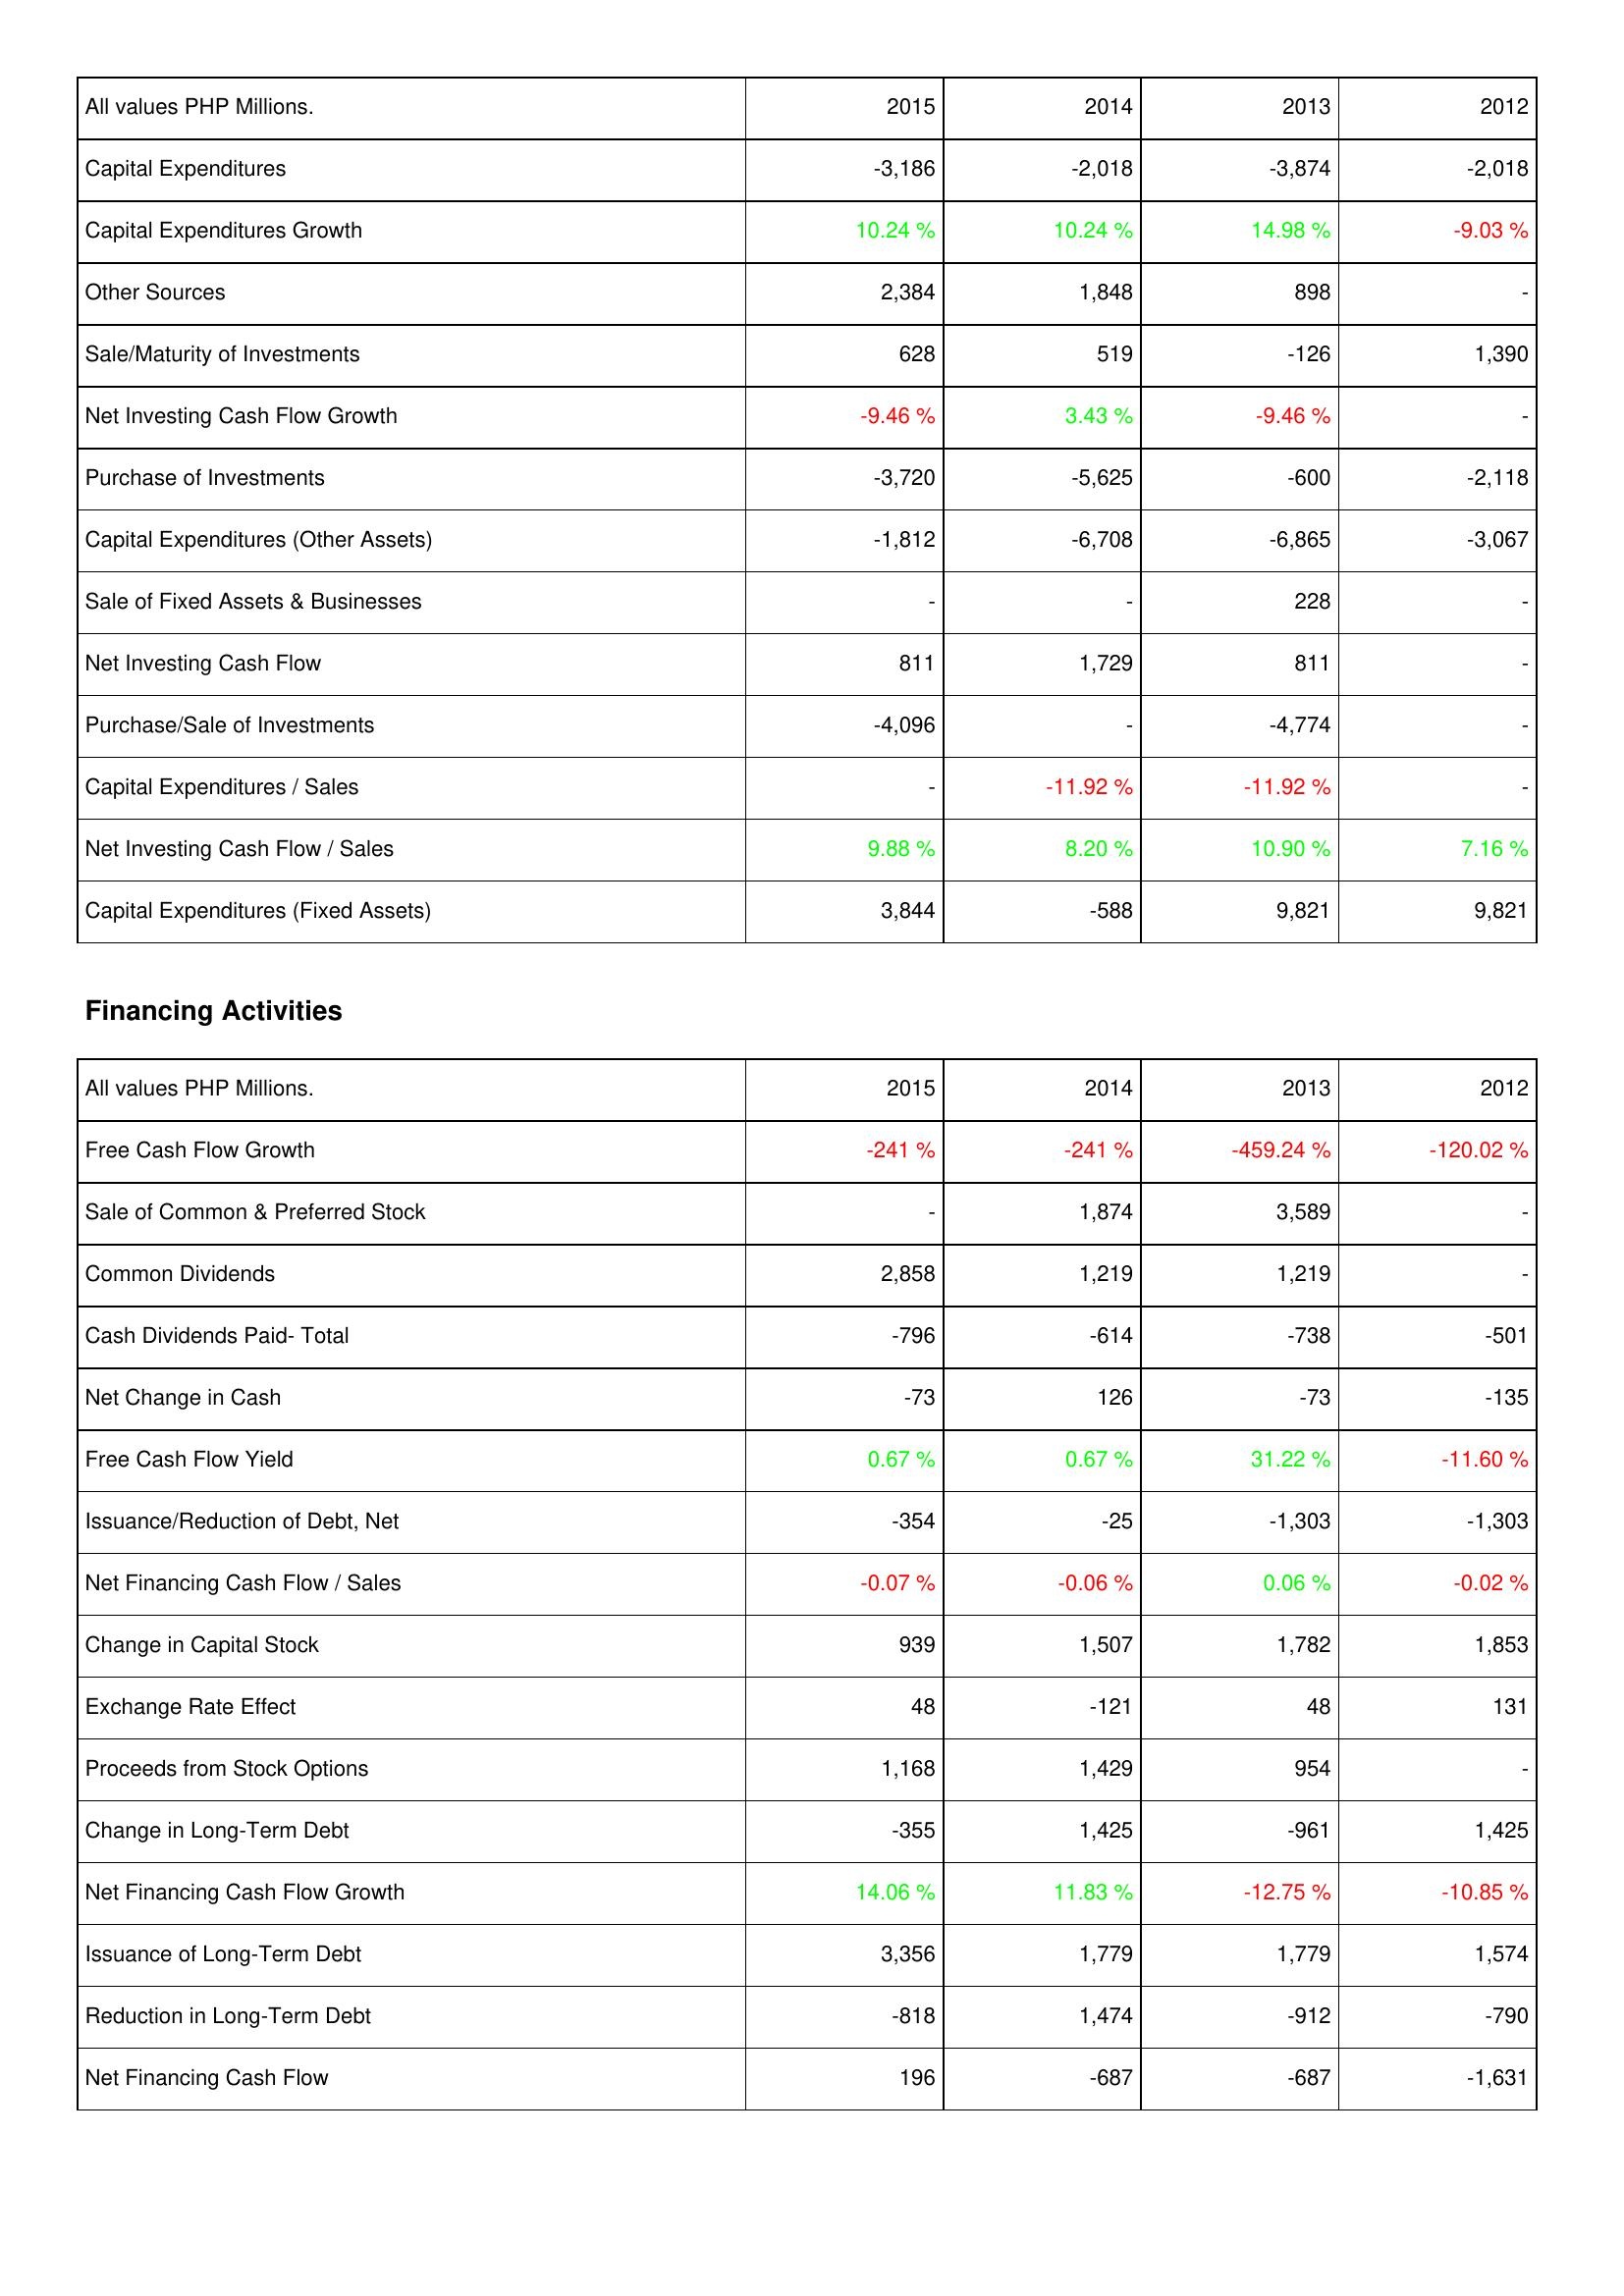
2015: Investing Activities: Capital Expenditures: -3,186
Capital Expenditures Growth: 10.24 %
Other Sources: 2,384
Sale/Maturity of Investments: 628
Net Investing Cash Flow Growth: -9.46 %
Purchase of Investments: -3,720
Capital Expenditures (Other Assets): -1,812
Sale of Fixed Assets & Businesses: -
Net Investing Cash Flow: 811
Purchase/Sale of Investments: -4,096
Capital Expenditures / Sales: -
Net Investing Cash Flow / Sales: 9.88 %
Capital Expenditures (Fixed Assets): 3,844
Financing Activities: Free Cash Flow Growth: -241 %
Sale of Common & Preferred Stock: -
Common Dividends: 2,858
Cash Dividends Paid- Total: -796
Net Change in Cash: -73
Free Cash Flow Yield: 0.67 %
Issuance/Reduction of Debt, Net: -354
Net Financing Cash Flow / Sales: -0.07 %
Change in Capital Stock: 939
Exchange Rate Effect: 48
Proceeds from Stock Options: 1,168
Change in Long-Term Debt: -355
Net Financing Cash Flow Growth: 14.06 %
Issuance of Long-Term Debt: 3,356
Reduction in Long-Term Debt: -818
Net Financing Cash Flow: 196
2014: Investing Activities: Capital Expenditures: -2,018
Capital Expenditures Growth: 10.24 %
Other Sources: 1,848
Sale/Maturity of Investments: 519
Net Investing Cash Flow Growth: 3.43 %
Purchase of Investments: -5,625
Capital Expenditures (Other Assets): -6,708
Sale of Fixed Assets & Businesses: -
Net Investing Cash Flow: 1,729
Purchase/Sale of Investments: -
Capital Expenditures / Sales: -11.92 %
Net Investing Cash Flow / Sales: 8.20 %
Capital Expenditures (Fixed Assets): -588
Financing Activities: Free Cash Flow Growth: -241 %
Sale of Common & Preferred Stock: 1,874
Common Dividends: 1,219
Cash Dividends Paid- Total: -614
Net Change in Cash: 126
Free Cash Flow Yield: 0.67 %
Issuance/Reduction of Debt, Net: -25
Net Financing Cash Flow / Sales: -0.06 %
Change in Capital Stock: 1,507
Exchange Rate Effect: -121
Proceeds from Stock Options: 1,429
Change in Long-Term Debt: 1,425
Net Financing Cash Flow Growth: 11.83 %
Issuance of Long-Term Debt: 1,779
Reduction in Long-Term Debt: 1,474
Net Financing Cash Flow: -687
2013: Investing Activities: Capital Expenditures: -3,874
Capital Expenditures Growth: 14.98 %
Other Sources: 898
Sale/Maturity of Investments: -126
Net Investing Cash Flow Growth: -9.46 %
Purchase of Investments: -600
Capital Expenditures (Other Assets): -6,865
Sale of Fixed Assets & Businesses: 228
Net Investing Cash Flow: 811
Purchase/Sale of Investments: -4,774
Capital Expenditures / Sales: -11.92 %
Net Investing Cash Flow / Sales: 10.90 %
Capital Expenditures (Fixed Assets): 9,821
Financing Activities: Free Cash Flow Growth: -459.24 %
Sale of Common & Preferred Stock: 3,589
Common Dividends: 1,219
Cash Dividends Paid- Total: -738
Net Change in Cash: -73
Free Cash Flow Yield: 31.22 %
Issuance/Reduction of Debt, Net: -1,303
Net Financing Cash Flow / Sales: 0.06 %
Change in Capital Stock: 1,782
Exchange Rate Effect: 48
Proceeds from Stock Options: 954
Change in Long-Term Debt: -961
Net Financing Cash Flow Growth: -12.75 %
Issuance of Long-Term Debt: 1,779
Reduction in Long-Term Debt: -912
Net Financing Cash Flow: -687
2012: Investing Activities: Capital Expenditures: -2,018
Capital Expenditures Growth: -9.03 %
Other Sources: -
Sale/Maturity of Investments: 1,390
Net Investing Cash Flow Growth: -
Purchase of Investments: -2,118
Capital Expenditures (Other Assets): -3,067
Sale of Fixed Assets & Businesses: -
Net Investing Cash Flow: -
Purchase/Sale of Investments: -
Capital Expenditures / Sales: -
Net Investing Cash Flow / Sales: 7.16 %
Capital Expenditures (Fixed Assets): 9,821
Financing Activities: Free Cash Flow Growth: -120.02 %
Sale of Common & Preferred Stock: -
Common Dividends: -
Cash Dividends Paid- Total: -501
Net Change in Cash: -135
Free Cash Flow Yield: -11.60 %
Issuance/Reduction of Debt, Net: -1,303
Net Financing Cash Flow / Sales: -0.02 %
Change in Capital Stock: 1,853
Exchange Rate Effect: 131
Proceeds from Stock Options: -
Change in Long-Term Debt: 1,425
Net Financing Cash Flow Growth: -10.85 %
Issuance of Long-Term Debt: 1,574
Reduction in Long-Term Debt: -790
Net Financing Cash Flow: -1,631